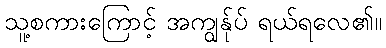
သူ့စကားကြောင့် အကျွန်ုပ် ရယ်ရလေ၏။